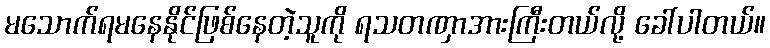
မသောက်ရမနေနိုင်ဖြစ်နေတဲ့သူကို ရသတဏှာအားကြီးတယ်လို့ ခေါ်ပါတယ်။